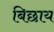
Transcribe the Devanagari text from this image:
बिछाय